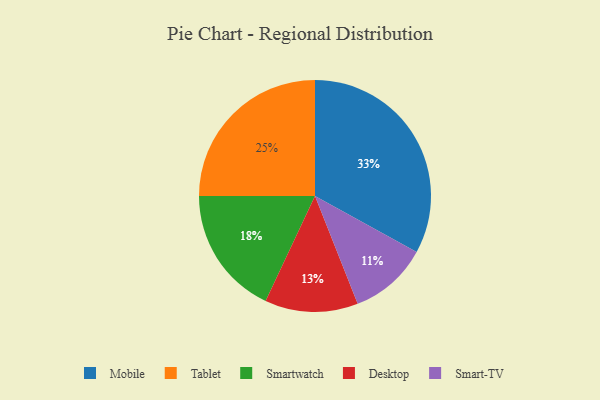
{"axis": {"x": "Category", "y": "Percentage"}, "legend": ["Desktop", "Mobile", "Smart-TV", "Smartwatch", "Tablet"], "data": [{"x": "Smart-TV", "y": 11, "type": "Smart-TV"}, {"x": "Desktop", "y": 13, "type": "Desktop"}, {"x": "Smartwatch", "y": 18, "type": "Smartwatch"}, {"x": "Mobile", "y": 33, "type": "Mobile"}, {"x": "Tablet", "y": 25, "type": "Tablet"}]}